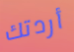
أردتك